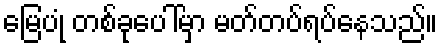
မြေပုံ တစ်ခုပေါ်မှာ မတ်တပ်ရပ်နေသည်။